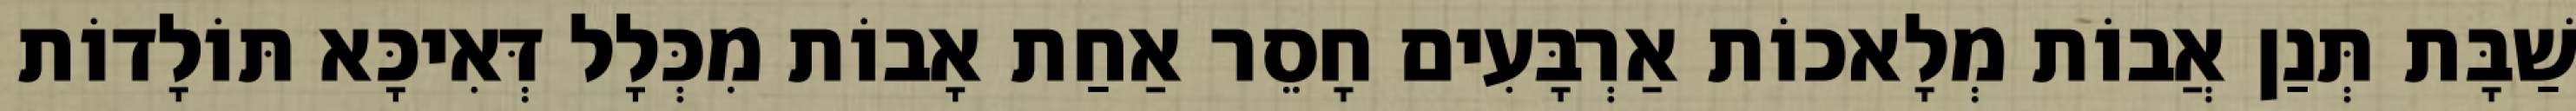
שַׁבָּת תְּנַן אֲבוֹת מְלָאכוֹת אַרְבָּעִים חָסֵר אַחַת אָבוֹת מִכְּלָל דְּאִיכָּא תּוֹלָדוֹת